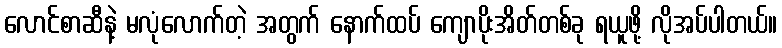
လောင်စာဆီနဲ့ မလုံလောက်တဲ့ အတွက် နောက်ထပ် ကျောပိုးအိတ်တစ်ခု ရယူဖို့ လိုအပ်ပါတယ်။